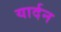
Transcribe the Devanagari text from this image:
यार्दन